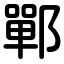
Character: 鄲